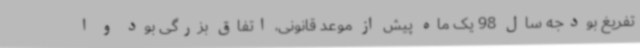
تفریغ بودجه سال 98 یک ماه پیش از موعد قانونی، اتفاق بزرگی بود و ا